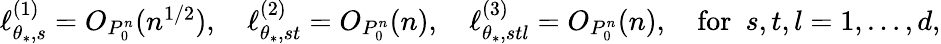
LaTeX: \begin{array}{r}{\ell_{\theta_{*},s}^{(1)}=O_{P_{0}^{n}}(n^{1/2}),\quad\ell_{\theta_{*},st}^{(2)}=O_{P_{0}^{n}}(n),\quad\ell_{\theta_{*},stl}^{(3)}=O_{P_{0}^{n}}(n),\quad\mathrm{for~}\ s,t,l=1,\ldots,d,}\end{array}